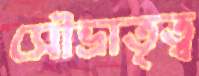
সৌভ্রাতৃত্ব